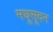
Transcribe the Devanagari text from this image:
मधूसूदन